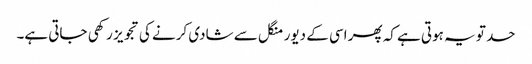
حد تو یہ ہوتی ہے کہ پھر اسی کے دیور منگل سے شادی کرنے کی تجویز رکھی جاتی ہے۔